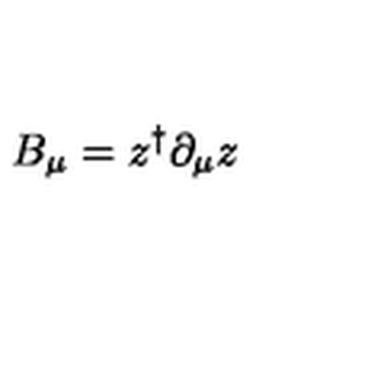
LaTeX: B _ { \mu } = z ^ { \dagger } \partial _ { \mu } z